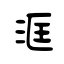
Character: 洭